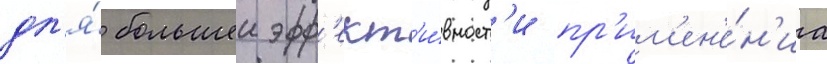
дл'я́ большеи эфф'ект'и́вност'и пр'им'ен'е́н'иа